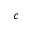
c